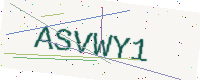
Text: ASVWY1